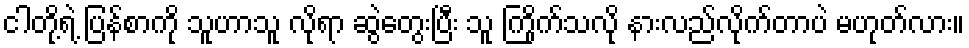
ငါတို့ရဲ့ ပြန်စာကို သူဟာသူ လိုရာ ဆွဲတွေးပြီး သူ ကြိုက်သလို နားလည်လိုက်တာပဲ မဟုတ်လား။